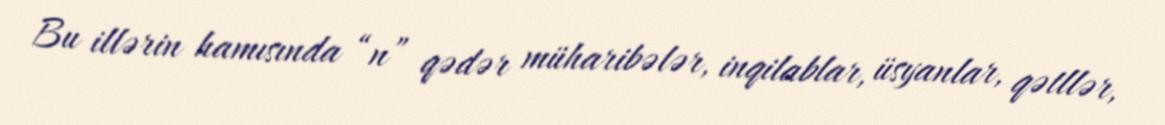
Bu illərin hamısında “n” qədər müharibələr, inqilablar, üsyanlar, qətllər,